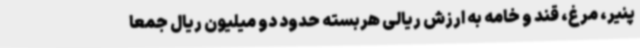
پنیر، مرغ، قند و خامه به ارزش ریالی هربسته حدود دو میلیون ریال جمعا